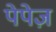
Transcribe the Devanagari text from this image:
पेपेज़